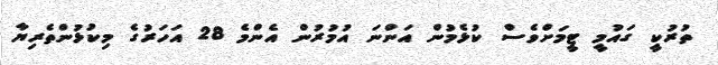
ތުރުކީ ގައުމީ ޓީމަށްވެސް ކުޅެމުން އަންނަ އުމުރުން އެންމެ 28 އަހަރުގެ މިކުޅުންތެރިޔާ